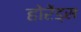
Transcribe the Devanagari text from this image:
होरेंड्स